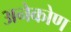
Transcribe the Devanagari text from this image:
अनेकोण